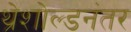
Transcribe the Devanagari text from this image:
थ्रेशोल्डनंतर